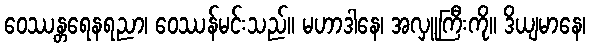
ဝေဿန္တရေနရညာ၊ ဝေဿန်မင်းသည်။ မဟာဒါနေ၊ အလှူကြီးကို။ ဒိယျမာနေ၊